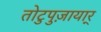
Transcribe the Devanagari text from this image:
तोटुपुज़ायार्